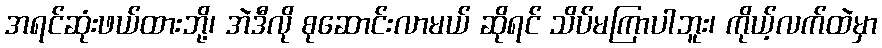
အရင်ဆုံးဖယ်ထားဘို့၊ အဲဒီလို စုဆောင်းလာမယ် ဆိုရင် သိပ်မကြာပါဘူး၊ ကိုယ့်လက်ထဲမှာ